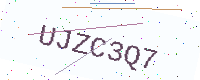
Text: UJZC3Q7